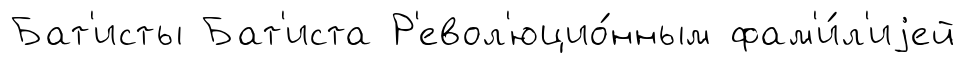
Бат'исты Бат'иста Р'евол'юцио́нным фам'и́л'иjей